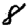
Digit: 8